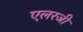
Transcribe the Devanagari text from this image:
एलरजी